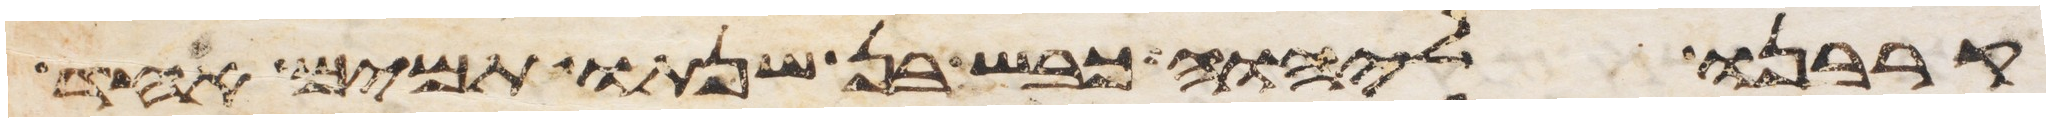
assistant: קרבנו ליהוה כבש בן שנתו תמים אחד